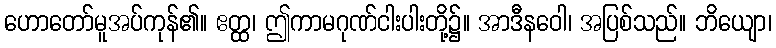
ဟောတော်မူအပ်ကုန်၏။ ဧတ္ထ၊ ဤကာမဂုဏ်ငါးပါးတို့၌။ အာဒီနဝေါ၊ အပြစ်သည်။ ဘိယျော၊